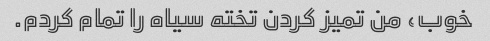
خوب، من تمیز کردن تخته سیاه را تمام کردم.